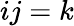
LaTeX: ij=k